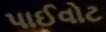
પાઈવોટ